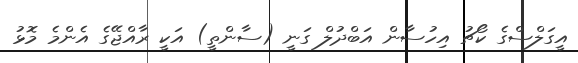
އީގަލްސްގެ ކޯޗު އިހުސާން އަބްދުލް ގަނީ (ސާންތީ) އަކީ ރާއްޖޭގެ އެންމެ މޮޅު